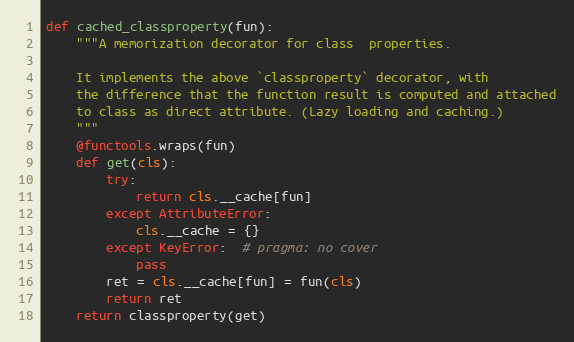
Language: Python
def cached_classproperty(fun):
    """A memorization decorator for class  properties.

    It implements the above `classproperty` decorator, with
    the difference that the function result is computed and attached
    to class as direct attribute. (Lazy loading and caching.)
    """
    @functools.wraps(fun)
    def get(cls):
        try:
            return cls.__cache[fun]
        except AttributeError:
            cls.__cache = {}
        except KeyError:  # pragma: no cover
            pass
        ret = cls.__cache[fun] = fun(cls)
        return ret
    return classproperty(get)